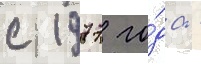
с 1977 го́да -